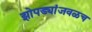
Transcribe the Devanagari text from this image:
झोपड्यांजवळच